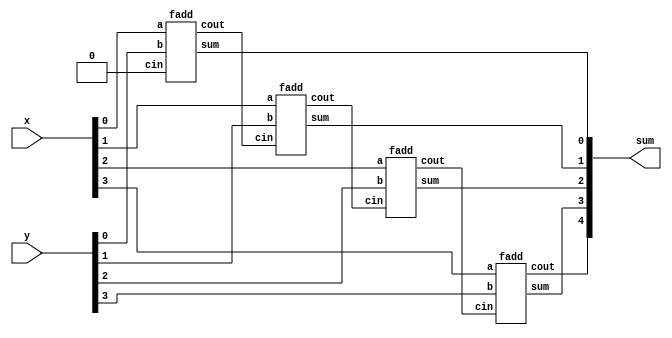
module top_module (
    input [3:0] x,
    input [3:0] y, 
    output [4:0] sum);

    wire cout_tmp[2:0];

    fadd fadd_u1(
        .a(x[0]),
        .b(y[0]),
        .cin(1'b0),
        .sum(sum[0]),
        .cout(cout_tmp[0])
    );

    fadd fadd_u2(
        .a(x[1]),
        .b(y[1]),
        .cin(cout_tmp[0]),
        .sum(sum[1]),
        .cout(cout_tmp[1])
    );

    fadd fadd_u3(
        .a(x[2]),
        .b(y[2]),
        .cin(cout_tmp[1]),
        .sum(sum[2]),
        .cout(cout_tmp[2])
    );

    fadd fadd_u4(
        .a(x[3]),
        .b(y[3]),
        .cin(cout_tmp[2]),
        .sum(sum[3]),
        .cout(sum[4])
    );


endmodule

module fadd( 
    input a, b, cin,
    output cout, sum );

    assign sum = a ^ b ^ cin;
    assign cout= (a & b) | (cin & (a | b));

endmodule